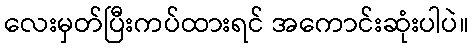
လေးမှတ်ပြီးကပ်ထားရင် အကောင်းဆုံးပါပဲ။